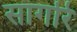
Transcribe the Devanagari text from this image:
सागरि